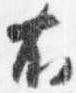
右